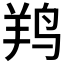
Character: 𱉯